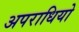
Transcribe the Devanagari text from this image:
अपराधियो